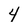
Character: 4